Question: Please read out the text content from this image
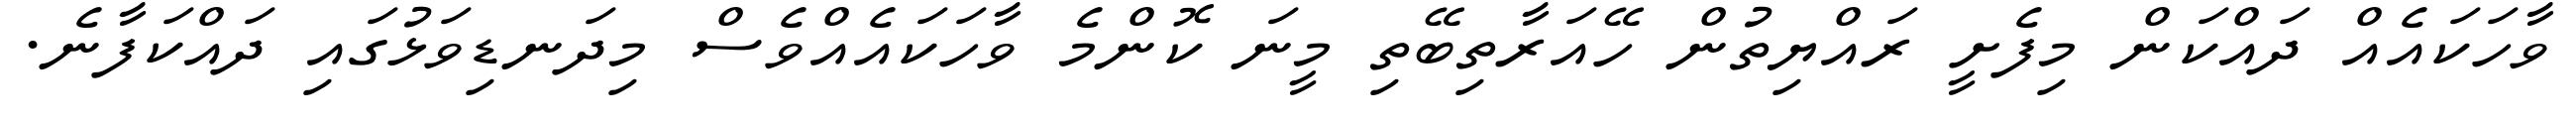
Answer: ވާހަކައެއް ދައްކަން މިފެށީ ރައްޔިތުން ހޭއަރާތިބޭތި މީނަ ކޮންމެ ވާހަކައެއްވެސް މިދަނޑިވަޅުގައި ދައްކަފާނެ.